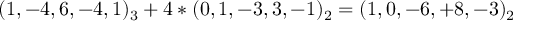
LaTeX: ( 1 , - 4 , 6 , - 4 , 1 ) _ { 3 } + 4 * ( 0 , 1 , - 3 , 3 , - 1 ) _ { 2 } = ( 1 , 0 , - 6 , + 8 , - 3 ) _ { 2 }